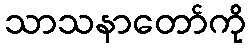
သာသနာတော်ကို